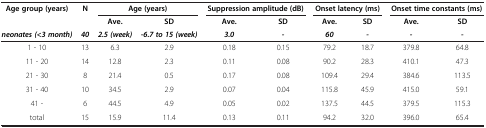
<table><thead><tr><td rowspan="2"><b>Age group (years)</b></td><td rowspan="2"><b>N</b></td><td colspan="2"><b>Age (years)</b></td><td colspan="2"><b>Suppression amplitude (dB)</b></td><td colspan="2"><b>Onset latency (ms)</b></td><td colspan="2"><b>Onset time constants (ms)</b></td></tr><tr><td><b>Ave.</b></td><td><b>SD</b></td><td><b>Ave.</b></td><td><b>SD</b></td><td><b>Ave.</b></td><td><b>SD</b></td><td><b>Ave.</b></td><td><b>SD</b></td></tr><tr><td><b><i>neonates (&lt;3 month)</i></b></td><td><b><i>40</i></b></td><td><b><i>2.5 (week)</i></b></td><td><b><i>-6.7 to 15 (week)</i></b></td><td><b><i>3.0</i></b></td><td><b><i>-</i></b></td><td><b><i>60</i></b></td><td><b><i>-</i></b></td><td><b><i>-</i></b></td><td><b><i>-</i></b></td></tr></thead><tbody><tr><td>1 - 10</td><td>13</td><td>6.3</td><td>2.9</td><td>0.18</td><td>0.15</td><td>79.2</td><td>18.7</td><td>379.8</td><td>64.8</td></tr><tr><td>11 - 20</td><td>14</td><td>12.8</td><td>2.3</td><td>0.11</td><td>0.08</td><td>90.2</td><td>28.3</td><td>410.1</td><td>47.3</td></tr><tr><td>21 - 30</td><td>8</td><td>21.4</td><td>0.5</td><td>0.17</td><td>0.08</td><td>109.4</td><td>29.4</td><td>384.6</td><td>113.5</td></tr><tr><td>31 - 40</td><td>10</td><td>34.5</td><td>2.9</td><td>0.07</td><td>0.04</td><td>115.8</td><td>45.9</td><td>415.0</td><td>59.1</td></tr><tr><td>41 -</td><td>6</td><td>44.5</td><td>4.9</td><td>0.05</td><td>0.02</td><td>137.5</td><td>44.5</td><td>379.5</td><td>115.3</td></tr><tr><td>total</td><td>15</td><td>15.9</td><td>11.4</td><td>0.13</td><td>0.11</td><td>94.2</td><td>32.0</td><td>396.0</td><td>65.4</td></tr></tbody></table>